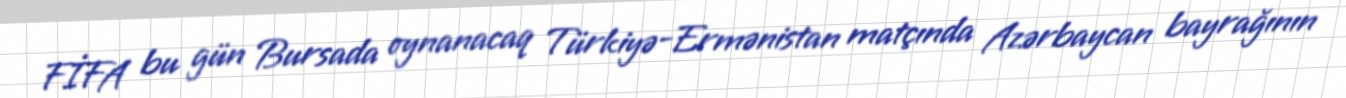
FİFA bu gün Bursada oynanacaq Türkiyə-Ermənistan matçında Azərbaycan bayrağının